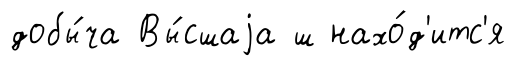
добы́ча Вы́сшаjа ш нахо́д'итс'я